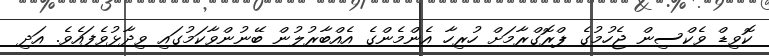
ކޮވިޑް ވެކްސިން ޖެހުމުގެ ޕްރޮގްރާމަށް ހުރިހާ އެންމެންގެ އެއްބާރުލުން ބޭނުންވާކަމުގައި ވިދާޅުވެފައެވެ. އަދި